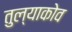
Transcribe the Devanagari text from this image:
तुल्याकोव